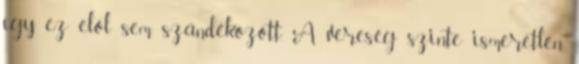
így ez elől sem szándékozott. A vereség szinte ismeretlen